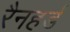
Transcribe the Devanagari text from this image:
रैनहर्ड